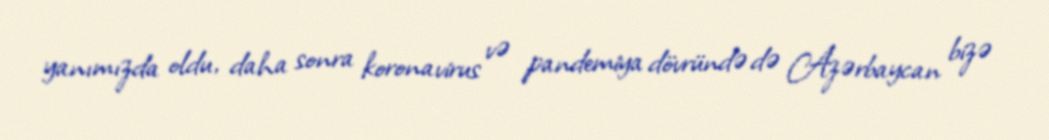
yanımızda oldu, daha sonra koronavirus və pandemiya dövründə də Azərbaycan bizə